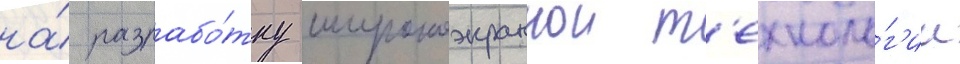
на́ разрабо́тку широкоэкраннои т'ехноло́г'ии